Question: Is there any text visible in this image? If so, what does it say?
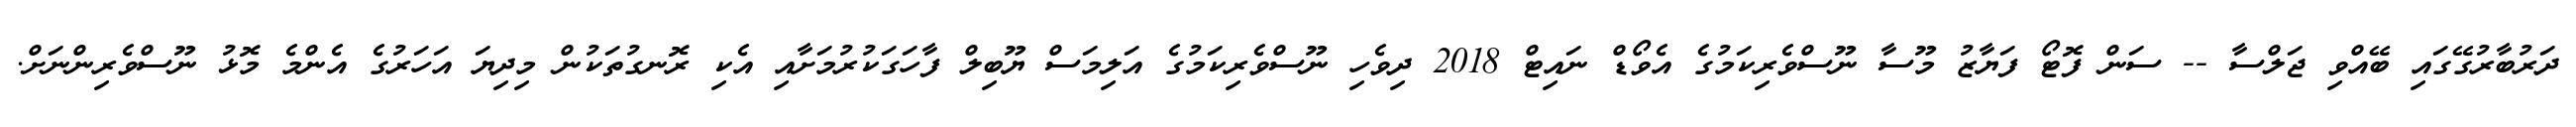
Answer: ދަރުބާރުގޭގައި ބޭއްވި ޖަލްސާ -- ސަން ފޮޓޯ ފަޔާޒު މޫސާ ނޫސްވެރިކަމުގެ އެވޯޑް ނައިޓް 2018 ދިވެހި ނޫސްވެރިކަމުގެ އަލިމަސް ޔޫބިލް ފާހަގަކުރުމަށާއި އެކި ރޮނގުތަކުން މިދިޔަ އަހަރުގެ އެންމެ މޮޅު ނޫސްވެރިންނަށް.